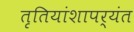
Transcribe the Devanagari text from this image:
तृतियांशापर्यंत